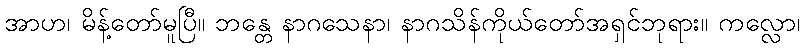
အာဟ၊ မိန့်တော်မူပြီ။ ဘန္တေ နာဂသေနာ၊ နာဂသိန်ကိုယ်တော်အရှင်ဘုရား။ ကလ္လော၊